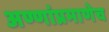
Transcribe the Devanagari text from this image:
अण्णांप्रमाणेच